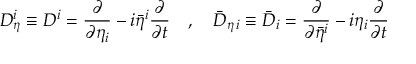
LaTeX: D _ { \eta } ^ { i } \equiv D ^ { i } = \frac { \partial } { \partial \eta _ { i } } - i \bar { \eta } ^ { i } \frac { \partial } { \partial t } \quad , \quad \bar { D } _ { \eta \, i } \equiv \bar { D } _ { i } = \frac { \partial } { \partial \bar { \eta } ^ { i } } - i \eta _ { i } \frac { \partial } { \partial t }